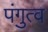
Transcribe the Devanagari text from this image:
पंगुत्व